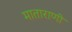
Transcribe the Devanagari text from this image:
माताराणी